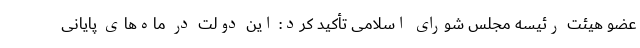
عضو هیئت رئیسه مجلس شورای اسلامی تأکید کرد: این دولت در ماه‌های پایانی